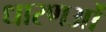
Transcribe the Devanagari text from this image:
धारणओं